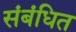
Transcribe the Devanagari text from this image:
संबंधित